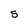
Character: 5